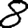
Digit: 8